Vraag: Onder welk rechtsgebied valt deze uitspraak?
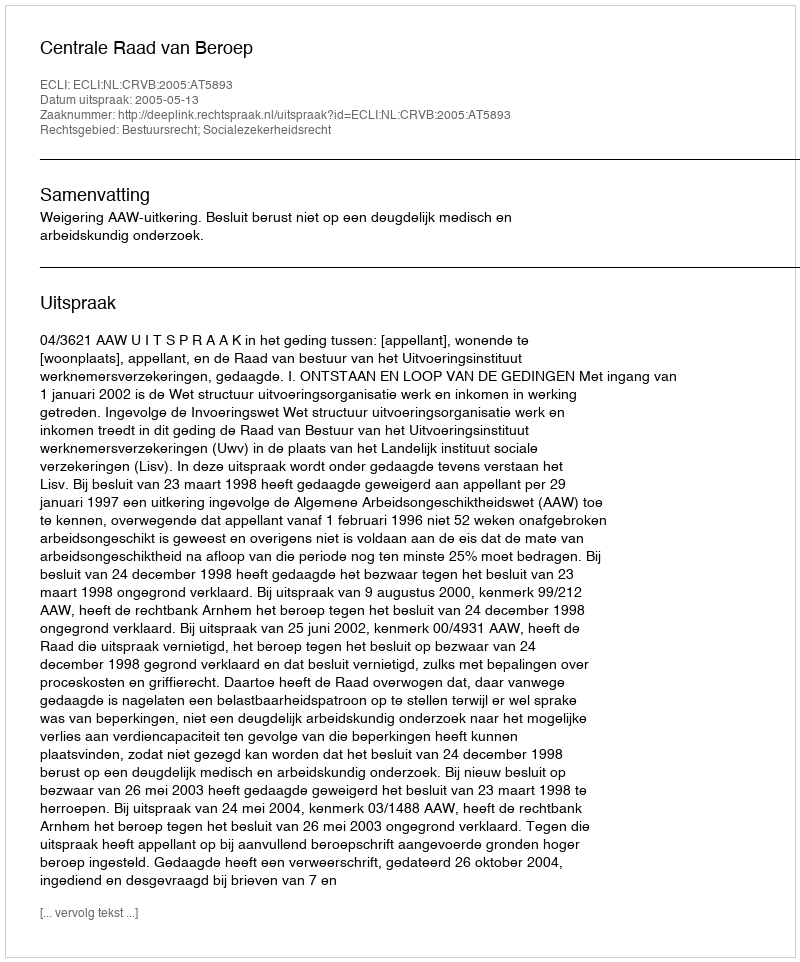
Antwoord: Bestuursrecht; Socialezekerheidsrecht